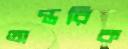
অন্তরিক